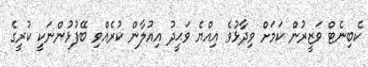
ކެބިނެޓް ވަޒީރުން ކަމަށް ވިދާޅުވެ އިއްޔެ ވަޙީދު އިއުލާން ކުރެއްވި ބޭފުޅުންނަކީ ކުރީގެ